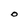
Character: O